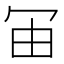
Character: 𰃰